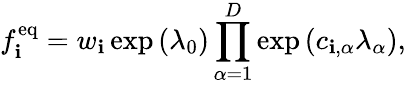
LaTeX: f_{\mathbf{i}}^{\mathrm{{eq}}}=w_{\mathbf{i}}\exp\left(\lambda_{0}\right)\prod_{\alpha=1}^{D}\exp\left(c_{\mathbf{i},\alpha}\lambda_{\alpha}\right),